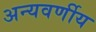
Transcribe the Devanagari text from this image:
अन्यवर्णीय